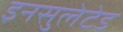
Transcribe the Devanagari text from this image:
इनसुलेटेड